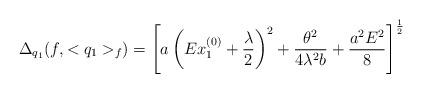
LaTeX: \begin{align*}\Delta_{q_1} (f, <q_1>_f) = \left[ a \left( E x_1^{(0)} + \frac{\lambda}{2} \right)^2 + \frac{\theta^2}{4 \lambda^2 b} + \frac{a^2 E^2}{8} \right]^{\frac{1}{2}}\end{align*}